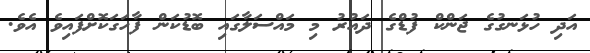
އަދި ހުޅަނގުގެ ޖަންކް ފުޑްގެ ދައުރު މި މައްސަލާގައި ބޮޑުކަން ފާހަގަކޮށްފައިވެ އެވެ.